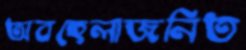
অবহেলাজনিত